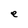
Character: e